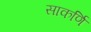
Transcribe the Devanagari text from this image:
साकर्णि